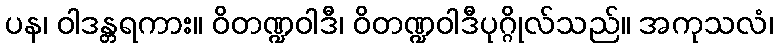
ပန၊ ဝါဒန္တရကား။ ဝိတဏ္ဍဝါဒီ၊ ဝိတဏ္ဍဝါဒီပုဂ္ဂိုလ်သည်။ အကုသလံ၊